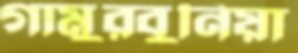
গামুরবুনিয়া